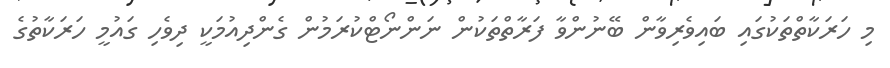
މި ހަރަކާތްތަކުގައި ބައިވެރިވާން ބޭނުންވާ ފަރާތްތަކުން ނަންނޯޓްކުރަމުން ގެންދިއުމަކީ ދިވެހި ގައުމީ ހަރަކާތުގެ